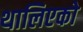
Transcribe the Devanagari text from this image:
थालिएको